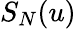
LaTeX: S_{N}(u)